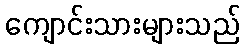
ကျောင်းသားများသည်